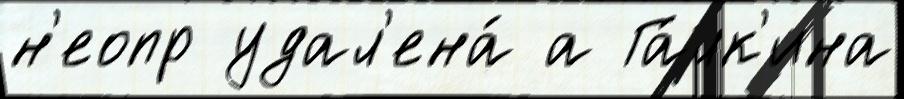
н'еопр удал'ена́ а Га́лк'ина